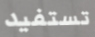
تستفيد